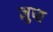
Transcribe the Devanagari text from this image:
ज्ञुप्‍त